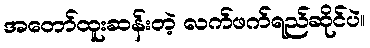
အတော်ထူးဆန်းတဲ့ လက်ဖက်ရည်ဆိုင်ပဲ။